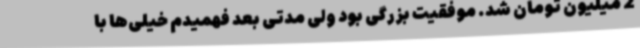
2 میلیون تومان شد. موفقیت بزرگی بود ولی مدتی بعد فهمیدم خیلی‌ها با